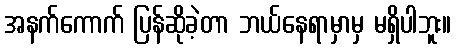
အနက်ကောက် ပြန်ဆိုခဲ့တာ ဘယ်နေရာမှာမှ မရှိပါဘူး။